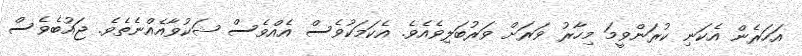
އަހަރެން އެކަނި ކުރަންވީމަ މިހާރު ވަރަށް ވަރުބަލިވެއެވެ. އެކަމަކުވެސް އެއްވެސް ޝަކުވާއެއްނެތެވެ. ޖައުބެވެސް